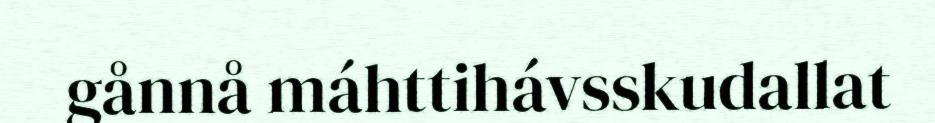
gånnå máhttihávsskudallat